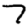
Digit: 7